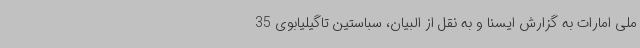
ملی امارات به گزارش ایسنا و به نقل از البیان، سباستین تاگیلیابوی 35